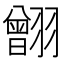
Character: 䎖